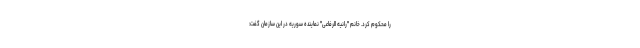
را محکوم کرد. خانم "رانیه الرفاعی" نماینده سوریه در این سازمان گفت: